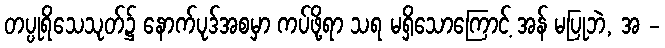
တပ္ပုရိသေသုတ်၌ နောက်ပုဒ်အစမှာ ကပ်ဖို့ရာ သရ မရှိသောကြောင့် အန် မပြုဘဲ, အ -